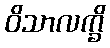
ဝိသာလက္ခိ